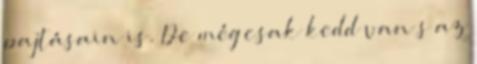
pajtásain is. De még csak kedd van s az